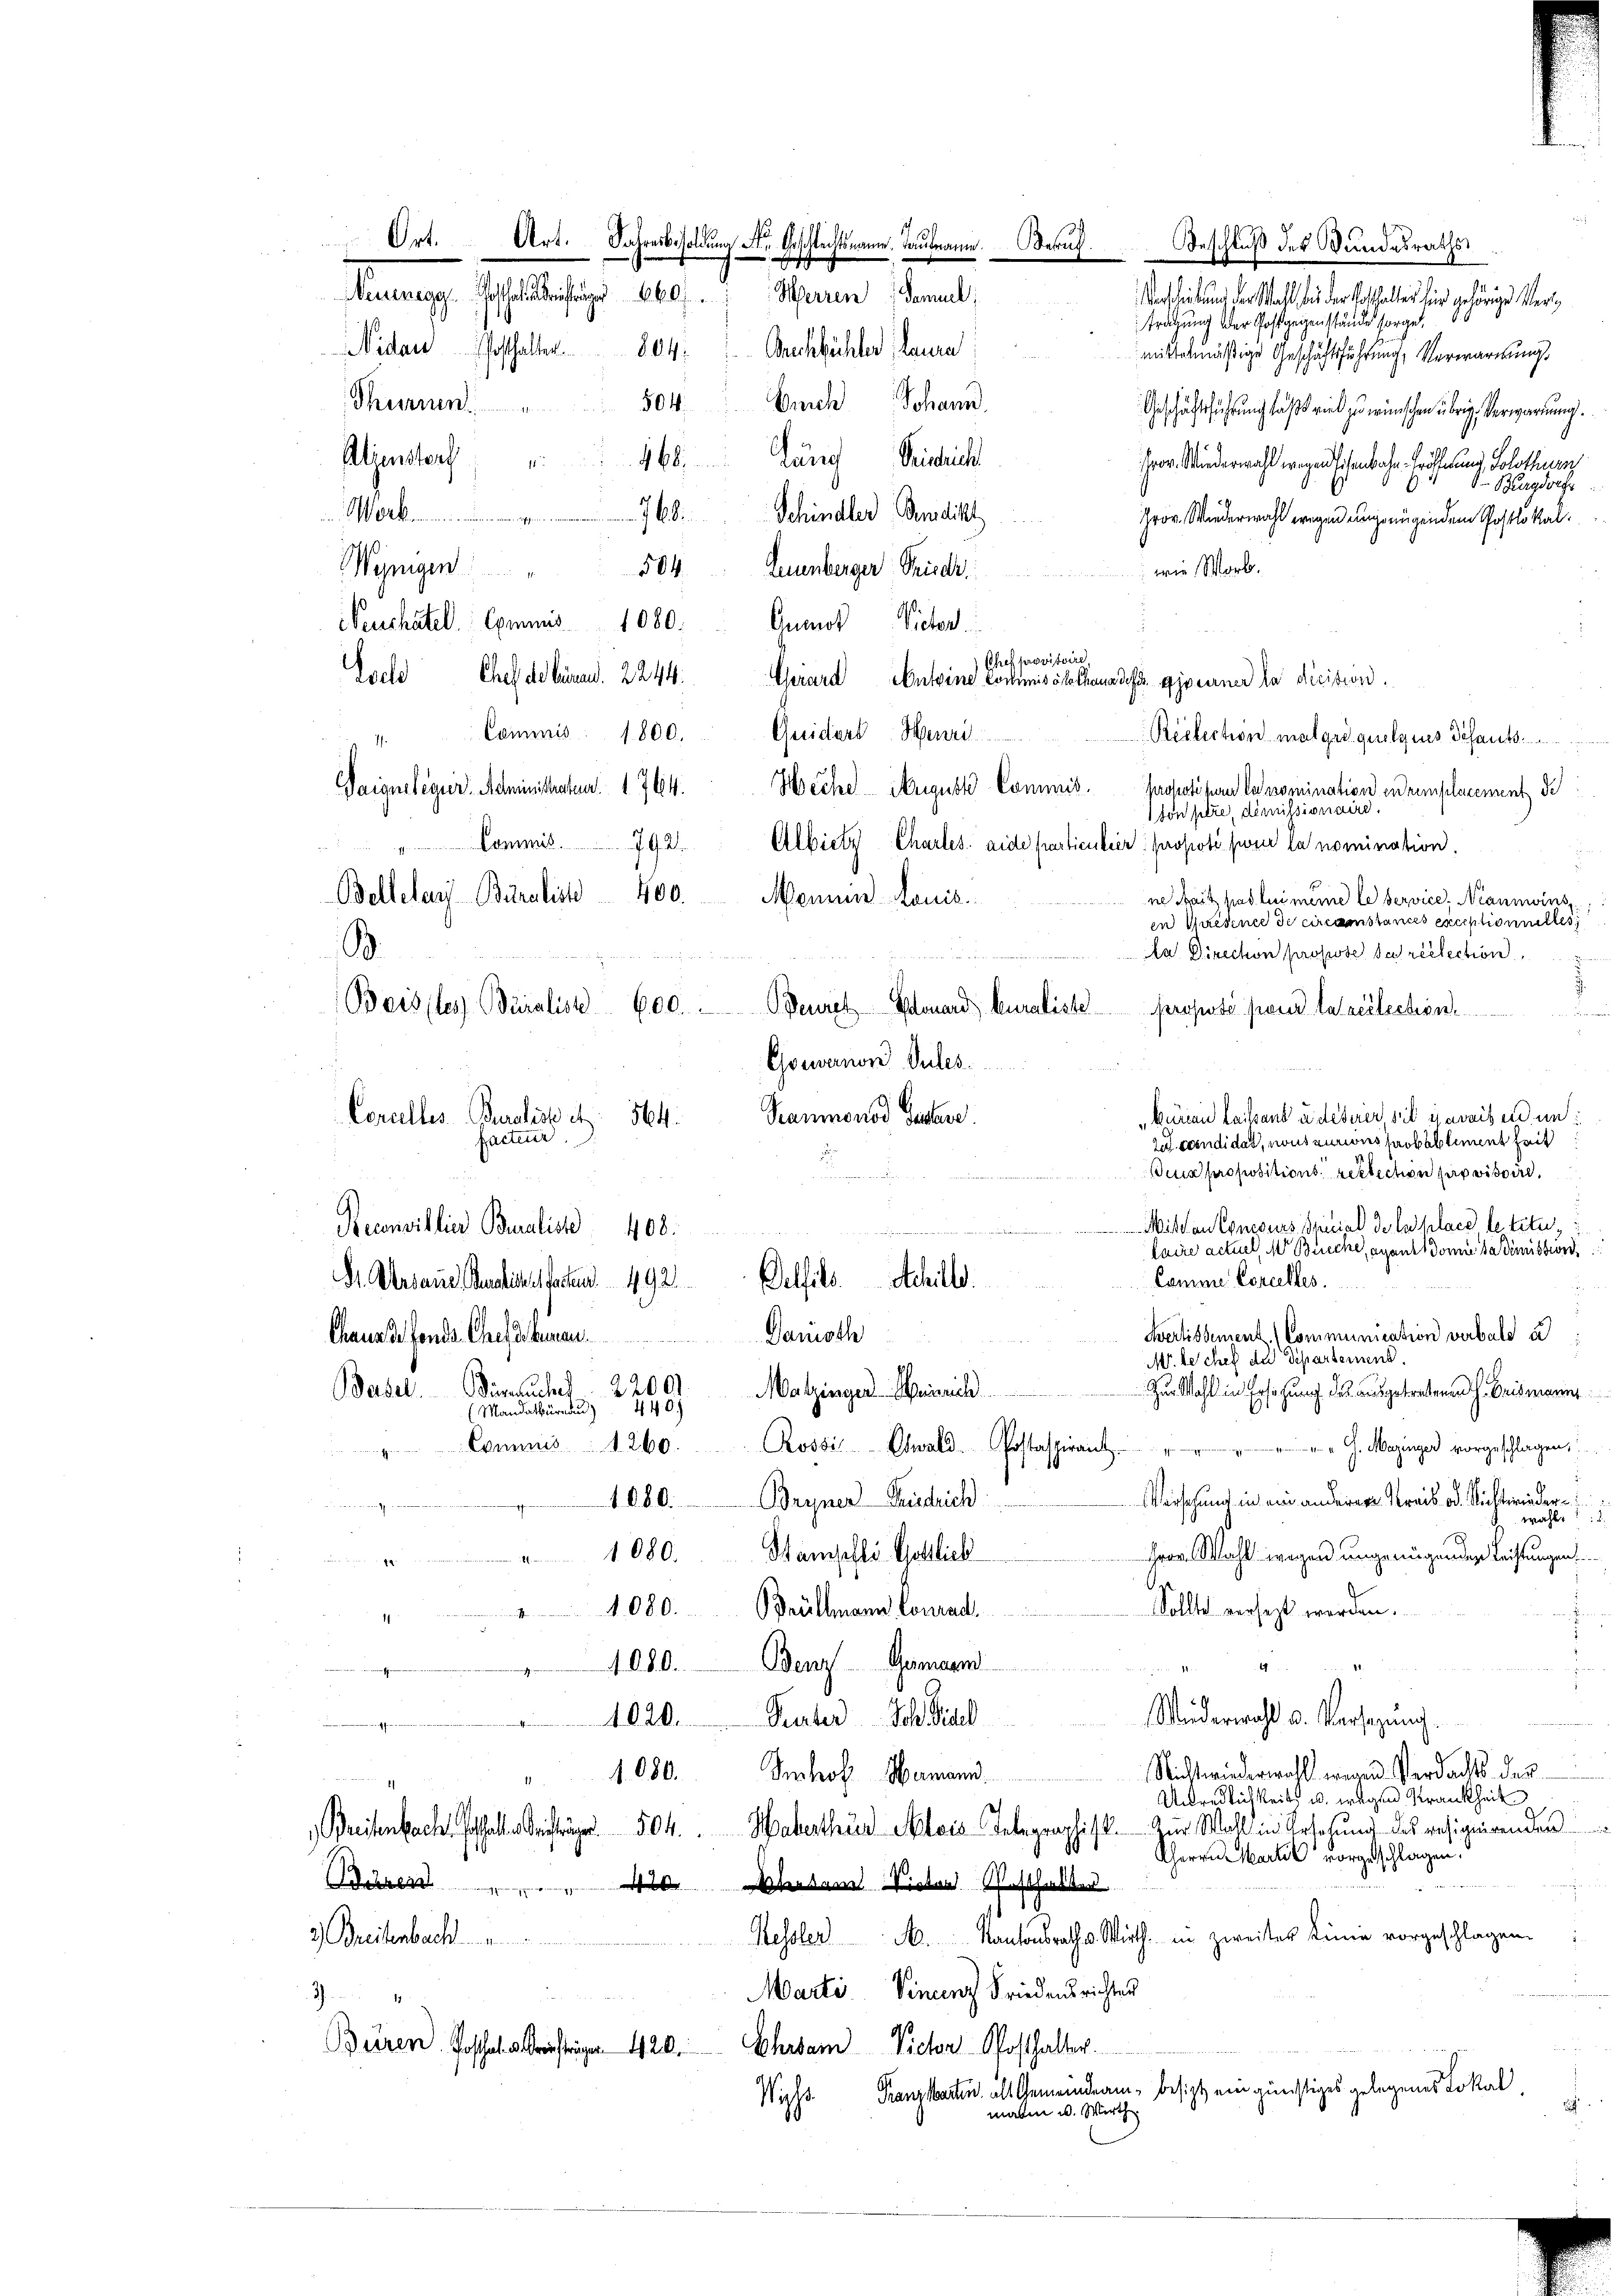
Beschluß des Bundesraths
c und der Wahl des der halter hier gehörige Vertragung der Post zeigenstände sorge
mittelmäßige Geschäftsführung, Verwartung
Sohann.
Bnich
Thürin
504.
Geschäftsführung daß wird zu wünschen übrige Verwarnung
Atzenstorf " " 468. Lang eintrich
Hrov. Wiederwahl wegen schenbache Eröffen und Solothurn
S. Burgdorf
768. Schindler Benedikt
Mor.  ..  .
Grov. Wiederwahl wegen ungenügendem Postlokal.
504.
Wynigen
wie Worb.
Leuenberger Priser
Veuchâtel Commis 1080. Ausnot Pieter
Chef provisoire
Escld Chelde beinand. 2244. Gerard Anteine Cochimische thaus des Giseiner la dicision.
Commis 1800. Quiders Henri
7.
Vaiguslegier. Administratur. 1 764. Heche August Commis. Propotis la nomination en remplacement de
son pere, demissionaire.
Commis 792 Albietz Chartes. ande particulier propoti sur la nomination.
400. Mannin Louis.
ne Rait pas lui même le service, Naumins
en Wiedence de circamstances exceptionnelles
la Direchon propose Sarcelection

Beures Monard, kuraliste Proposé sans la réélection.
Gewanon. Sules
Pammonod Geere.
Büreau teilsans u. deserer sie jeweisen un
564.
zu candidat, nous zuriis probablement seit
Weus propositions reklichen provisoire.
.
Mihan Concours Special de la place letzte,
Reconsillier Buraliste
408.
.
laire actuel, 1 Breche, ayant domie sa dimission
Comme Corcelles.
Oelfeld. Schille.
Sr. Mersans Paulichelfachen 492.
Fertissement. (Communication verbald a
Danisch
Chaus de fonds Chef es human
M. besches der Departement.
Basel. Berechen
Zur Wahl in Ersatzung des ausgetretenen H. Brismanns
2200. Matzingen Heinrich
440.)
Mandarthurn de
" Commis 1260. Rossi, Obwald-Postaspirant
" G. Mazinger vorgeschlagen,
Verschung in ein anderer Kreis od. Nichtwieder¬
1080. Bryner Friedrich
wahl
1080. Stampfli Gottlich
Herr Wahl wegen ungeniegenden Leistungen
Sollte versezt werden.
1080. Bühlmann Conrad
1080. Benz Gemein
Wiederwahl u. Versatzung.
1020. Peter Joh. Biel
g¬
Nichtwiederwahl wegen Verdachts der
1080. Sehof Hamann.
Unredlichkeits u. wegen Krankheit
Waterthur Alois Telegraphist. Zur Wahl in Ersehung des resignirenden
Breitenbach an die 504.
Cherrn Martel vorgeschlagen.
e
Büren " " 410 Mitem Vieter Posthalter
3) Breitenbach
Kessler A. Kantonsrath v. Wirth in zweiter Linie vorgeschlagen.
Marti. Vincenz Friedensrichter
.
Büren. Posthal d. Kriestriger 420.
Schaber Victor Posthalter
Wyss Franzkarten, als Gemeindeam- besizt ein günstiges gelegenes Lokal
.
malen u. Wirth

Belleten-Buraliste
B.
Beistes Büralist 600.
Corcelles-Buralist et
facteur

Ort. Art. Jahresbesoldung Nr. Oeschlechtsmann. Taubmann. Beruf
Meunes Schallistige 800.
Herren Samuel;
Nidau (Posthalter. 804. " Brechbüchler Laure

Reelection malgro quolgnes Schaut